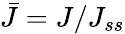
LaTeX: \bar{J}=J/{{J}_{ss}}